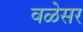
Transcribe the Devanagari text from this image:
वळेसर